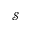
\mathcal { S }